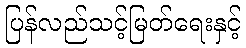
ပြန်လည်သင့်မြတ်ရေးနှင့်